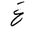
Letter: _gayn